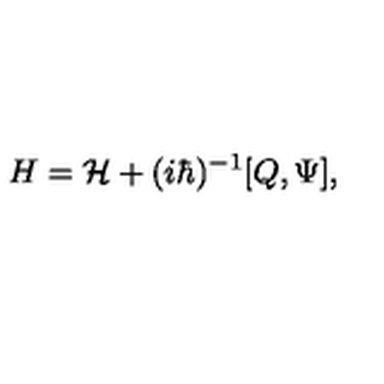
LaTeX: H = { \cal H } + ( i \hbar ) ^ { - 1 } [ Q , \Psi ] ,